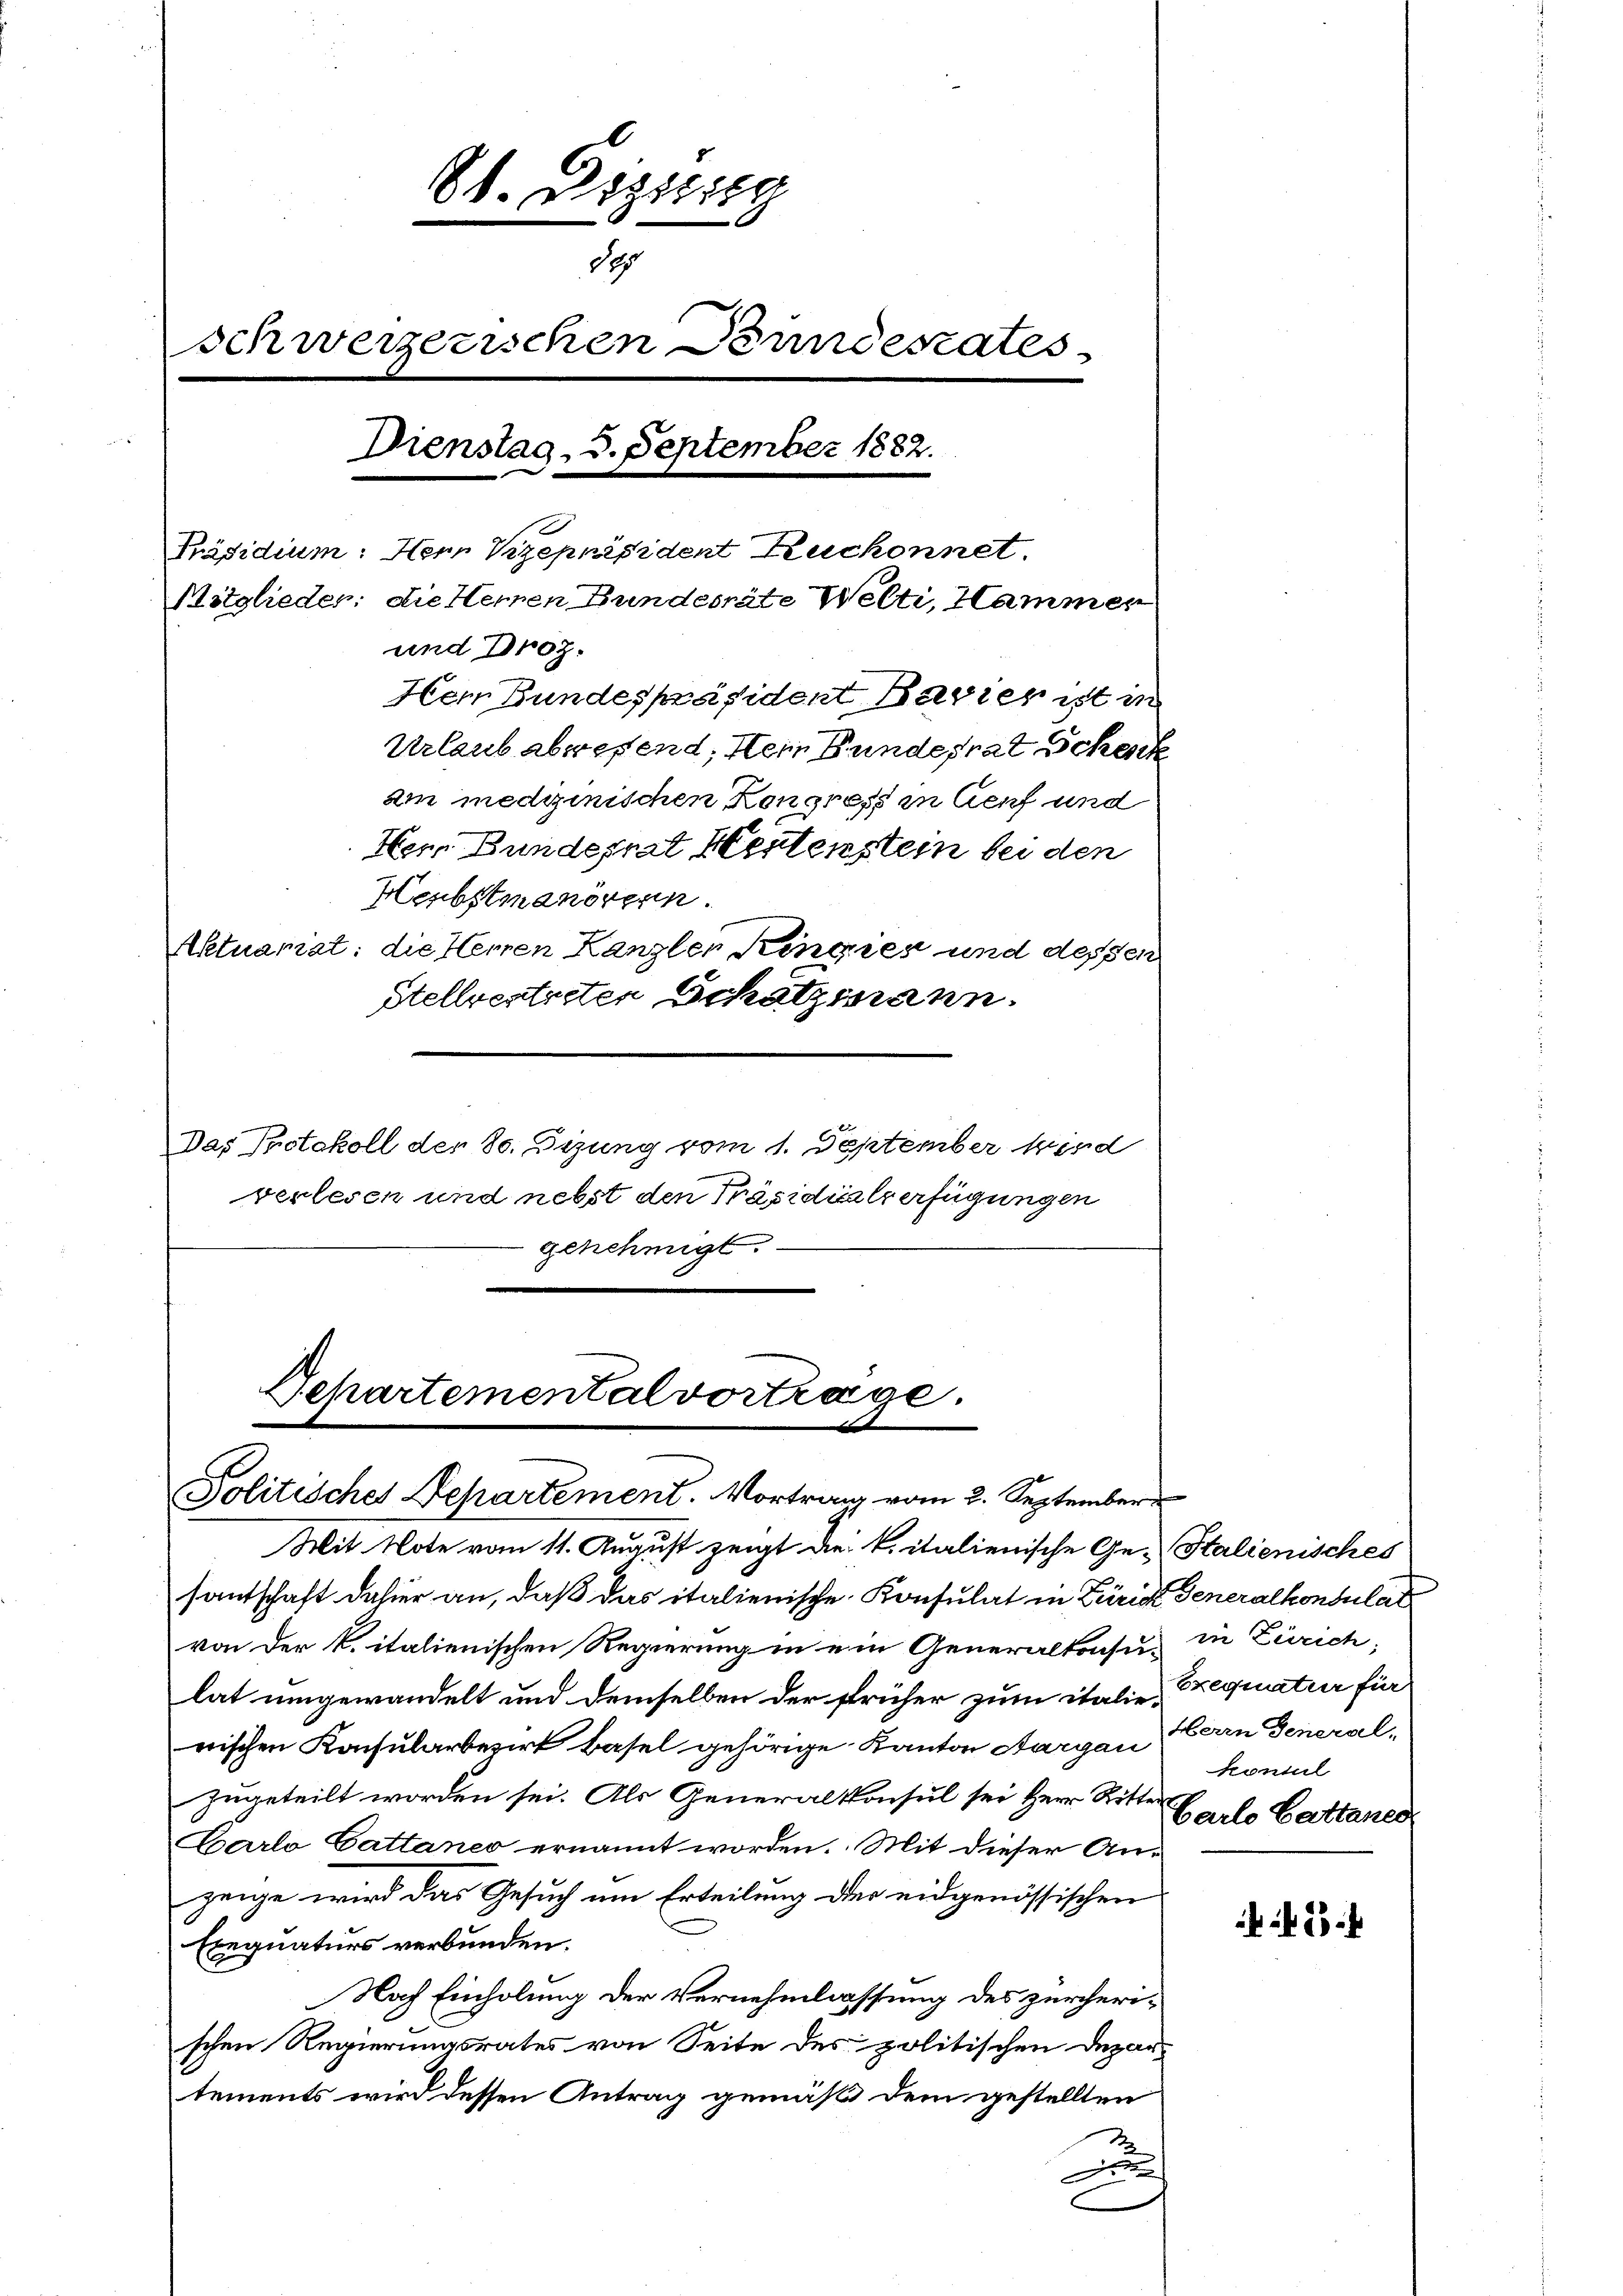
und Droz.
Hem Bundespräsident Bavier ist in
Urlaub abwesend, dem Bundesrat Sche
ain medizinischen Kongress in Genf und
Hern Bundesrat Hestenstein bei den
Herbstmanörgen.
Aktuarist: die Herren Kanzler Kingien und dessen
Stellvertreten Schatzmann.
Das Protokoll der 80. Dizung vom 1. September wird
verlesch und nebst den Präsidialverfügungen
genehmigt.

8t. Diezing
dep
schweizerischen Perndesrates
Dienstag, 3. September 1882.
Präsidium: Herr Vizepräsident Ruchonnet.
Mitglieder: die Herren Bundesräte Welti, Hammer

Schartemental vortrage.
e
Politisches Departement. Vortrag vom 2. September

Mit Note vom 11. August zeigt die k. italienische Ge-Stalienisches
santschaft dahier an, daß das italienische Konsulat in Zürich Generalkonsulat
von der k. italienischen Regierung in ein Generalkonsulat umgewandelt und demselben der früher zum italie-
wischen Konsularbezirk Basel gehörige Kanton Aargau, Herrn Generalzugeteilt worden sei. Als Generalkonsul sei Herr Ritter
Carlo Gattanes ernannt worden. Mit dieser Anzeige wird das Gesuch um Erteilung der eidgenössischen
Exequaturs verbunden.
Nach Einholung der Vernehmlassung des zürcherischen Regierungsrates von Seite des politischen Depar
tements wird dessen Antrag gemäß dem gestellten
A

in Zürich;
Exequatur für
konsul
arlo Battenes

5